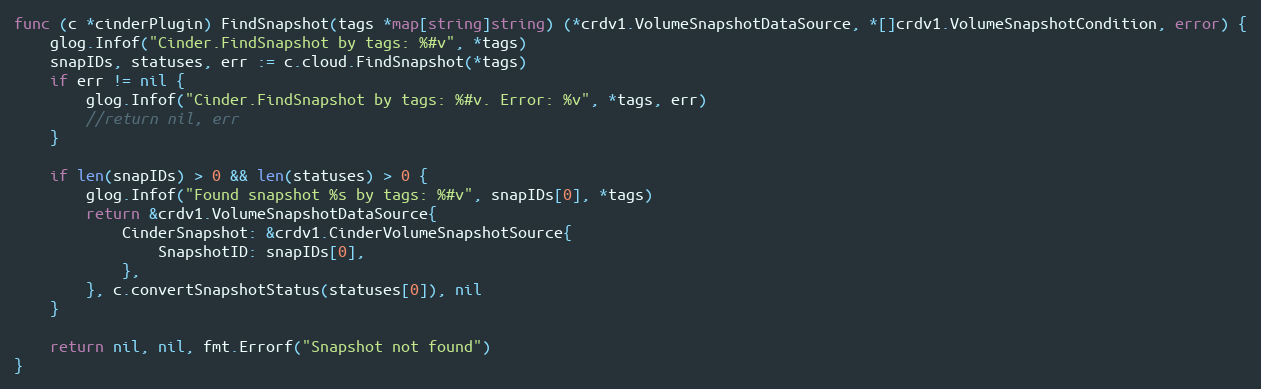
Language: Go
func (c *cinderPlugin) FindSnapshot(tags *map[string]string) (*crdv1.VolumeSnapshotDataSource, *[]crdv1.VolumeSnapshotCondition, error) {
	glog.Infof("Cinder.FindSnapshot by tags: %#v", *tags)
	snapIDs, statuses, err := c.cloud.FindSnapshot(*tags)
	if err != nil {
		glog.Infof("Cinder.FindSnapshot by tags: %#v. Error: %v", *tags, err)
		//return nil, err
	}

	if len(snapIDs) > 0 && len(statuses) > 0 {
		glog.Infof("Found snapshot %s by tags: %#v", snapIDs[0], *tags)
		return &crdv1.VolumeSnapshotDataSource{
			CinderSnapshot: &crdv1.CinderVolumeSnapshotSource{
				SnapshotID: snapIDs[0],
			},
		}, c.convertSnapshotStatus(statuses[0]), nil
	}

	return nil, nil, fmt.Errorf("Snapshot not found")
}